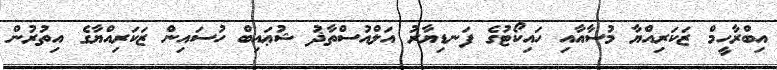
އިބްރާހީމް ޒަކަރިއްޔާ މުސާއާއި ހައިކޯޓުގެ ފަނޑިޔާރު އަލްއުސްތާޛު ޝުޢައިބް ހުސައިން ޒަކަރިއްޔާގެ އިތުރުން